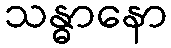
သန္ဓာနော